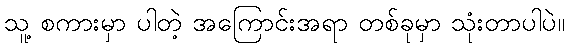
သူ့ စကားမှာ ပါတဲ့ အကြောင်းအရာ တစ်ခုမှာ သုံးတာပါပဲ။